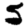
Digit: 5